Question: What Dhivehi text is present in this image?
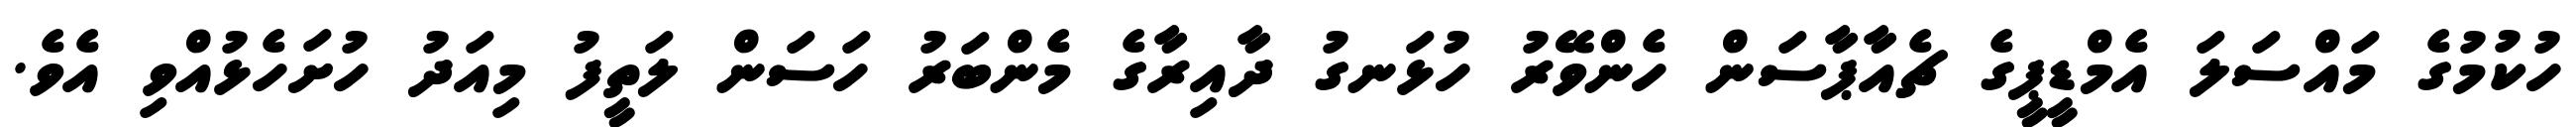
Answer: ހުކުމުގެ މައްސަލަ އެމްޑީޕީގެ ޗެއާޕާސަން ހެންވޭރު ހުޅަނގު ދާއިރާގެ މެންބަރު ހަސަން ލަތީފު މިއަދު ހުށަހެޅުއްވި އެވެ.